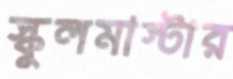
স্কুলমাস্টার